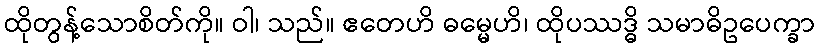
ထိုတွန့်သောစိတ်ကို။ ဝါ၊ သည်။ ဧတေဟိ ဓမ္မေဟိ၊ ထိုပဿဒ္ဓိ သမာဓိဥပေက္ခာ